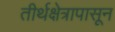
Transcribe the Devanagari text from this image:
तीर्थक्षेत्रापासून